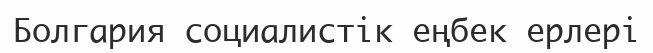
Болгария социалистік еңбек ерлері